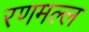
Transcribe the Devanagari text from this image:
रणमल्ल